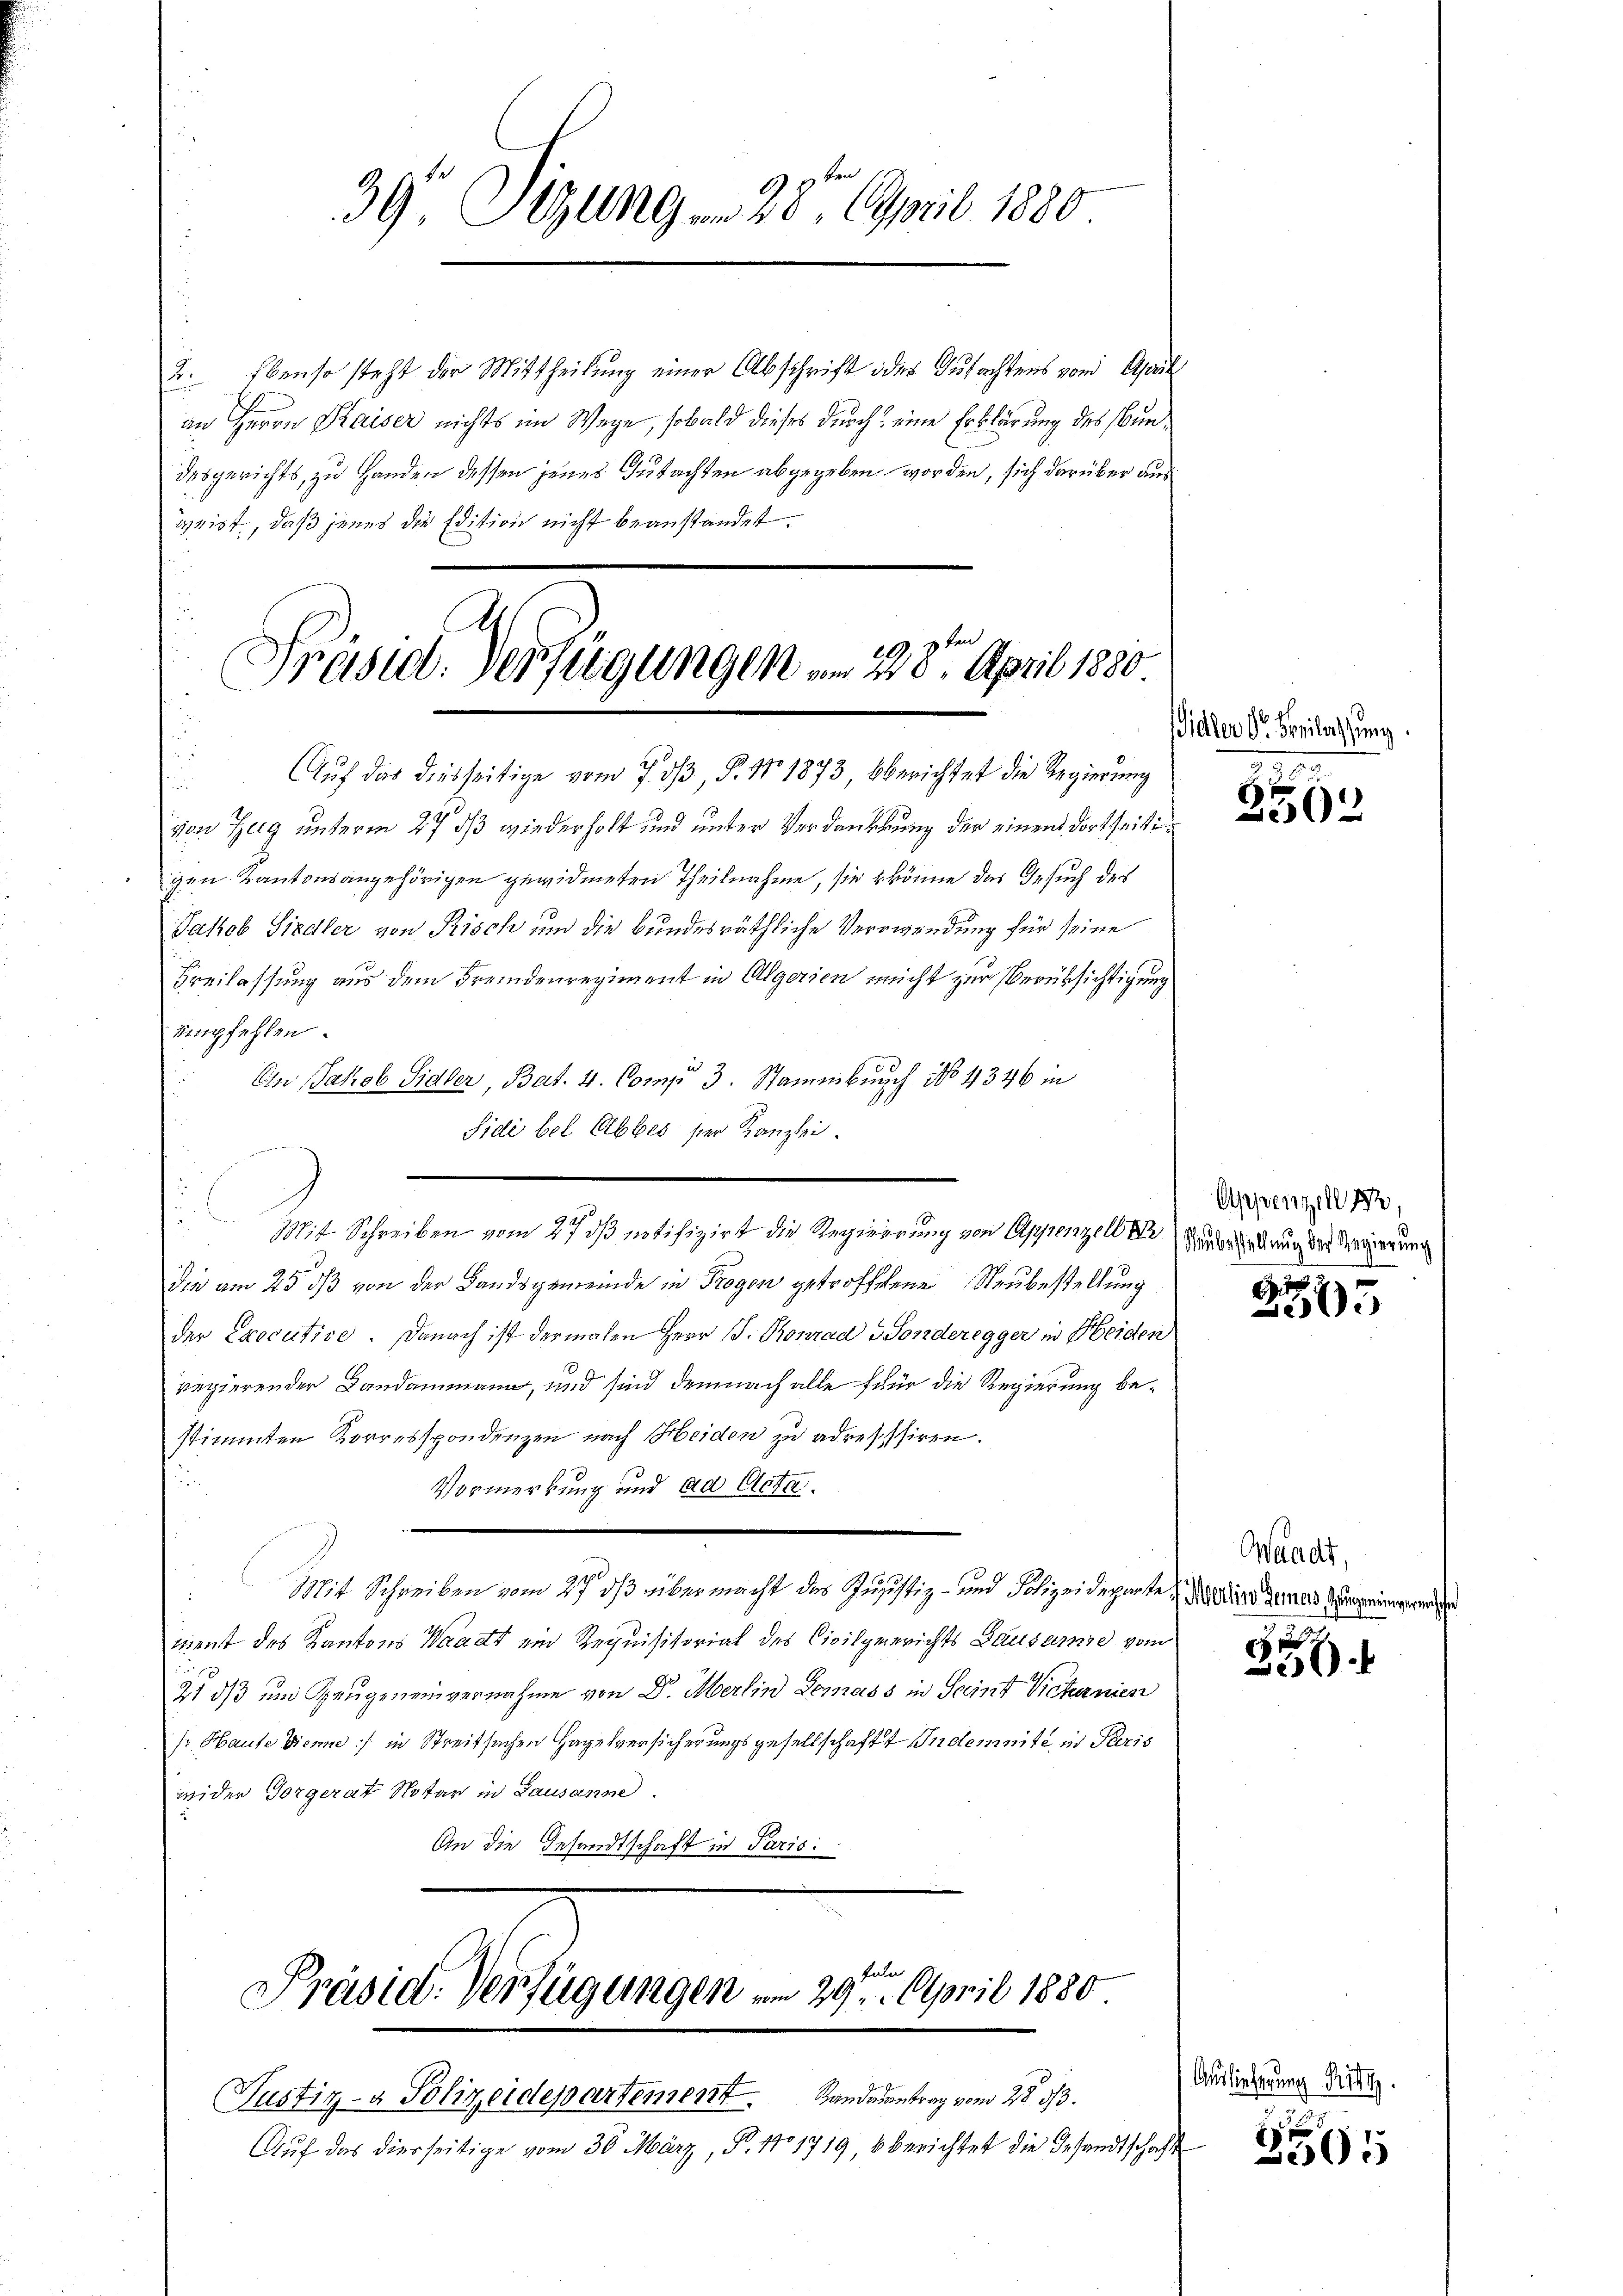
2. Ebenso steht der Mittheilung einer Abschrift oder Gutachtens von April
an Herrn Kaiser nichts im Wege, sobald dieses durch eine Erklärung des Bundesgerichts, zu Handen dessen jenes Gutachten abgegeben worden, sich darüber aus
weist, daß jenes die Edition nicht beanstandet.

100 f
Fräsid-Verfügungen am 28. April 1880
Auf das diesseitige vom 7. dβ, P. Nr. 1873, Oberichtet die Regierung
u

39 Sizung . . 28. April 1880

von Zug unterm 27 dß wiederholt und unter Verdankung der einen dortseitigen Kantonsangehörigen gewidmeten Theilnahme, sie könne das Gesuch des
Jakob Siedler von Risch und die bundesräthliche Verwendung für seine
Freilassung aus dem Fremdenregiment in Algerien nicht zur Verüksichtigung
empfehlen.
En Jakob Sidler, Bart. 4. Comp 3. Stammbruch No 4346 in
Sidi bel Abbes ser Kanzlei.
e
die am 25. dβ von der Landsgemeinde in Trogen getroffene Neubestellung
der Executive. Danach ist dermalen Herr J. Konrad Sonderegger in Heiden
regierender Landammann, und sind demnach alle für die Regierung bestimmten Korresspondenzen nach Heiden zu adresssiren.
un
Vormerkung und ad Acta.

9100
Mit Schreiben vom 27 dß übermacht des Justiz- und Solizeideparte darin denen eingen
ment des Kantons Waadt ein Requisitorial des Civilgerichts Bausanne vom
21 dß um Zeugeneinvernahme von Dr. Merlin Gemass in Saint Vieternien
sr Haute Dieme :/ in Streitsachen Hagelversicherungsgesellschaft Indemnité in Paris
wider Vorgerat Notar in Lausanne
An die Gesandtschaft in Paris:

227
 Mit Schreiben vom 27 ds notifizirt die Regierung von Appenzell e

Präsid. Verfügungen vom 29ten April 1880

Justiz- & Polizeidepartement. Handantrag vom 28. 33.
Auf das diesseitige vom 30. März, P. 1101719, berichtet die Gesandtschaft

idler dr. Beilassung.

25

Appenzell Br
Neubestellung der Regierung
.

13
505

Waadt,

50)

Auslieferung Ri
5